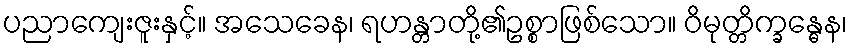
ပညာကျေးဇူးနှင့်။ အသေခေန၊ ရဟန္တာတို့၏ဥစ္စာဖြစ်သော။ ဝိမုတ္တိက္ခန္ဓေန၊